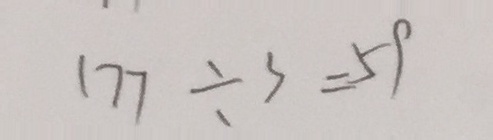
1 7 7 \div 3 = 5 9